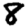
Digit: 8